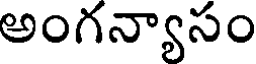
అంగన్యాసం